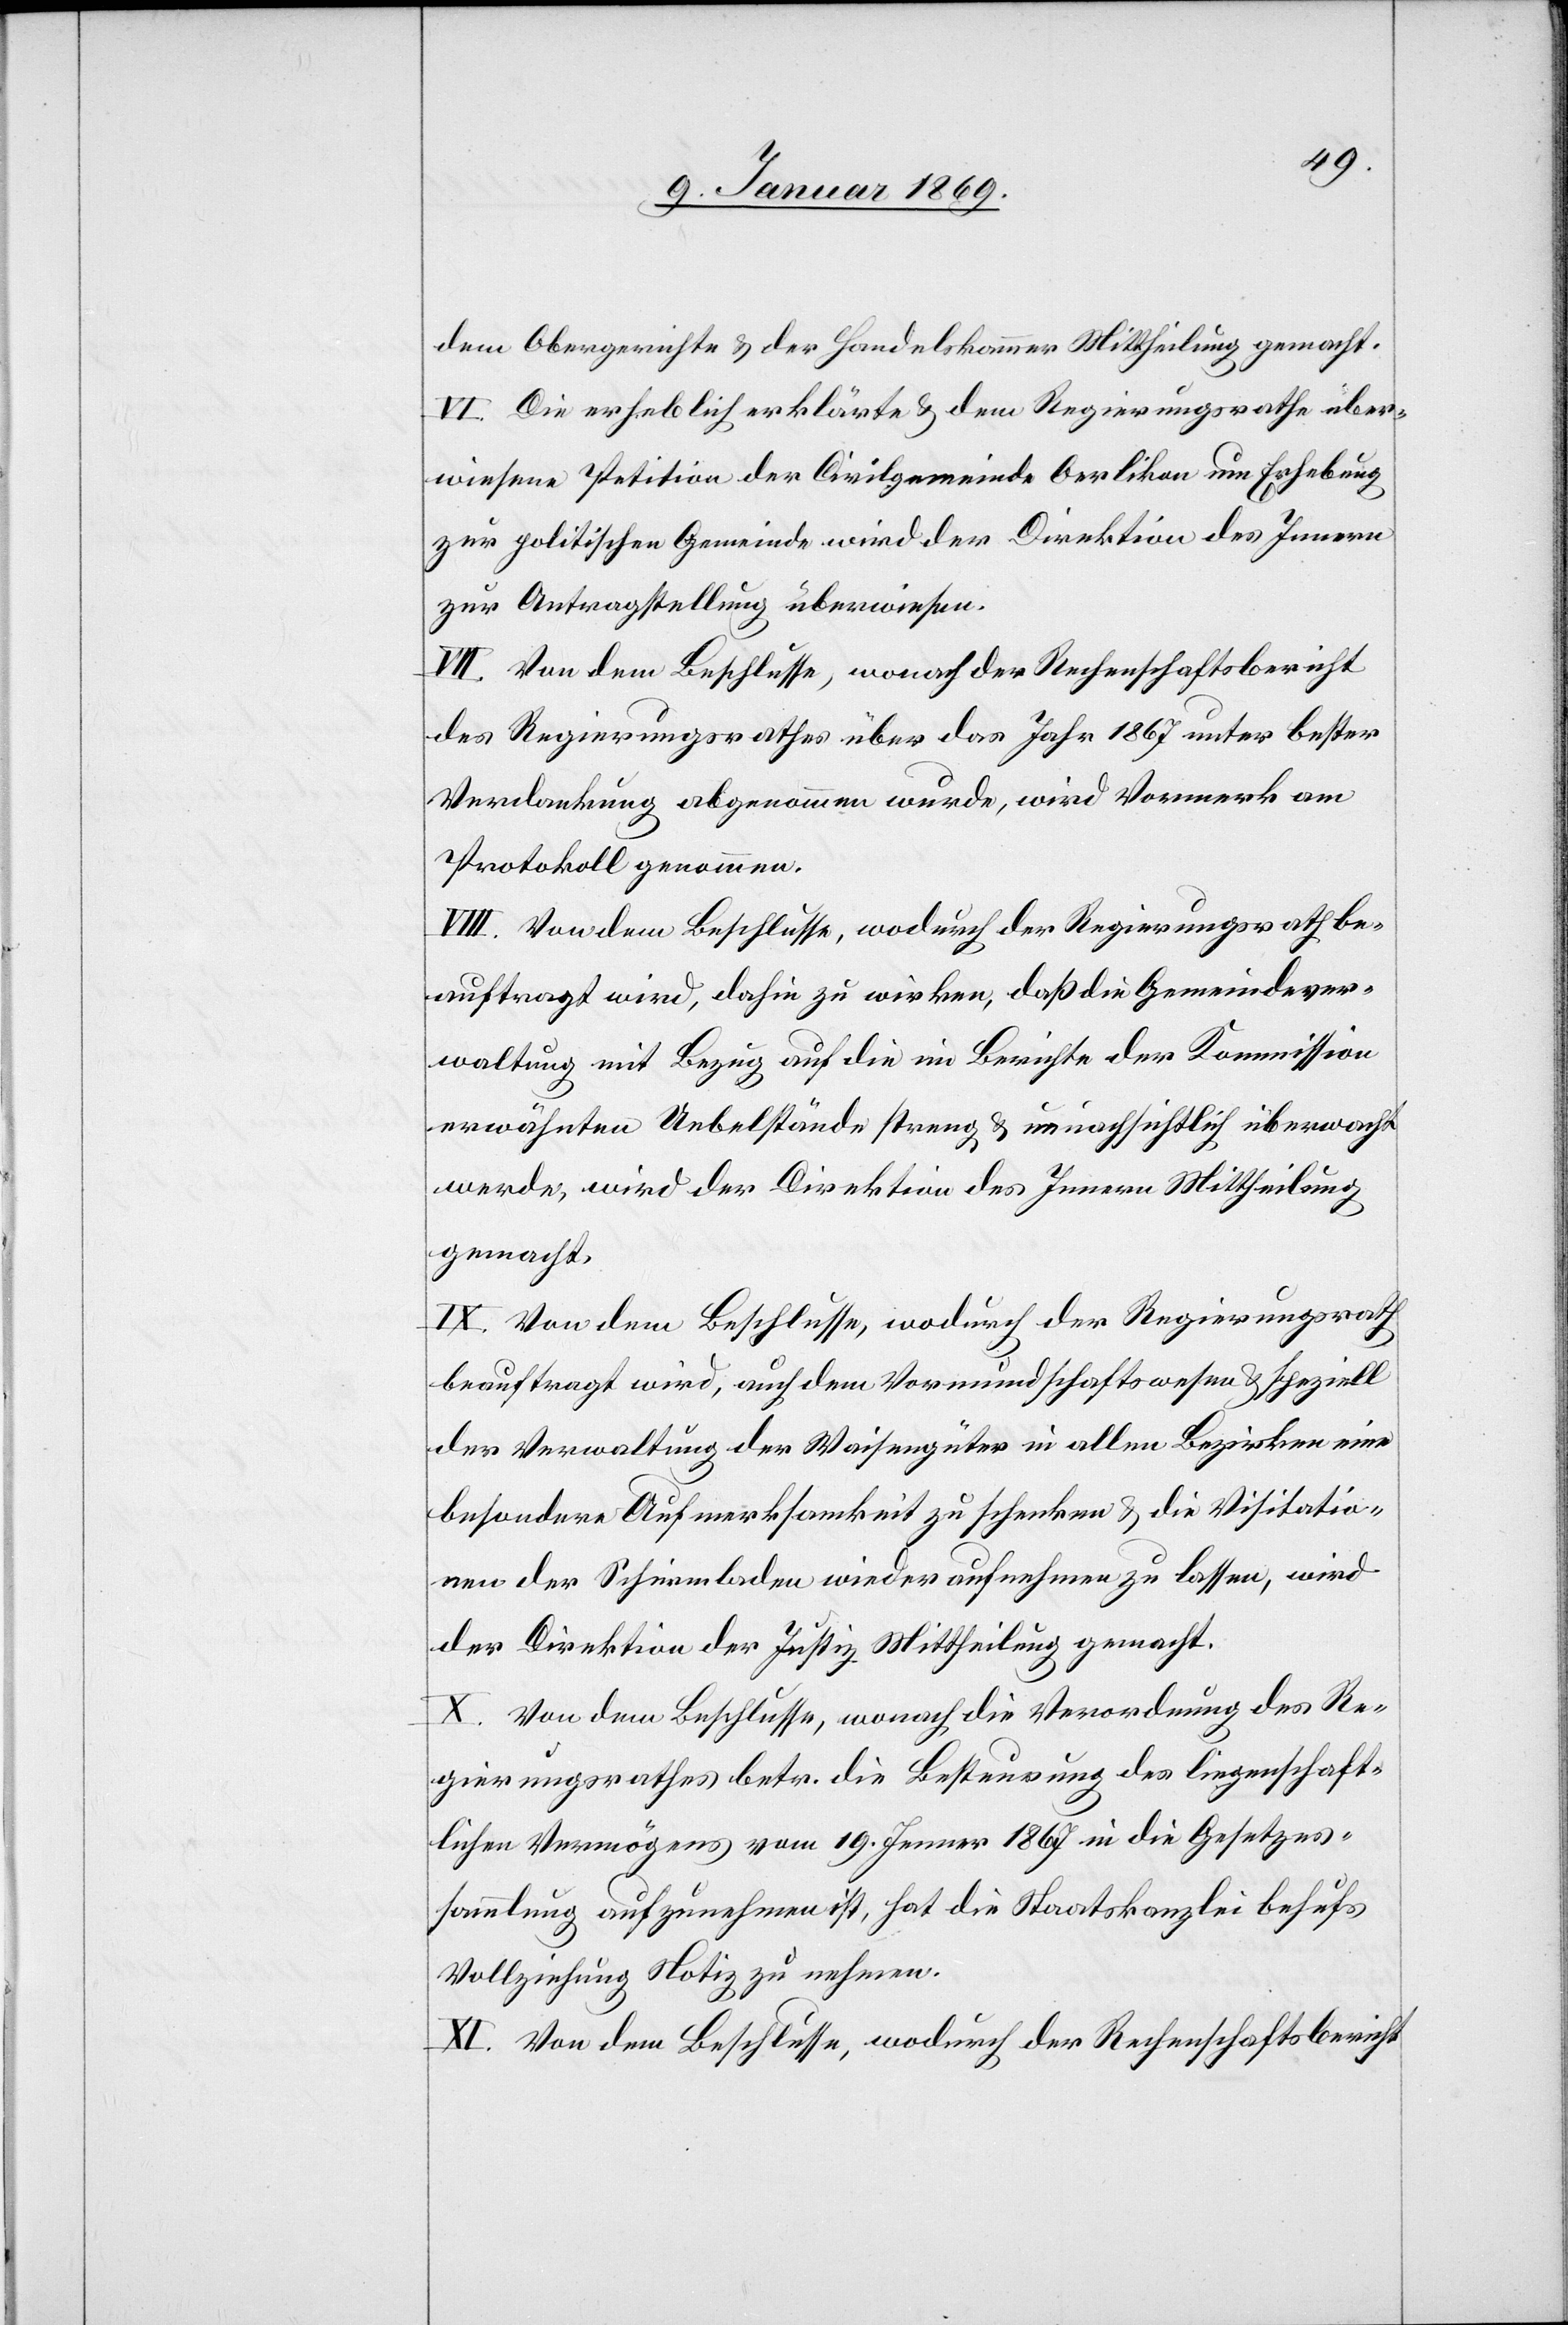
dem Obergerichte & der Handelskammer Mittheilung gemacht.
VI. Die erheblich erklärte & dem Regierungsrathe über¬
wiesene Petition der Civilgemeinde Oerlikon um Erhebung
zur politischen Gemeinde wird der Direktion des Innern
zur Antragstellung überwiesen.
VII. Von dem Beschlusse, wonach der Rechenschaftsbericht
des Regierungsrathes über das Jahr 1867 unter bester
Verdankung abgenommen wurde, wird Vormerk am
Protokoll genommen.
VIII. Von dem Beschlusse, wodurch der Regierungsrath be¬
auftragt wird, dahin zu wirken, daß die Gemeindsver¬
waltung mit Bezug auf die im Berichte der Kommission
erwähnten Uebelstände streng & unnachsichtlich überwacht
werde, wird der Direktion des Innern Mittheilung
gemacht.
IX. Von dem Beschlusse, wodurch der Regierungsrath
beauftragt wird, auf dem Vormundschaftswesen & speziell
der Verwaltung der Waisengüter in allen Bezirken eine
besondere Aufmerksamkeit zu schenken & die Visitatio¬
nen der Schirmladen wieder aufnehmen zu lassen, wird
der Direktion der Justiz Mittheilung gemacht.
X. Von dem Beschlusse, wonach die Verordnung des Re¬
gierungsrathes betr. die Besteurung des liegenschaft¬
lichen Vermögens vom 19. Jenner 1867 in die Gesetzes¬
sammlung aufzunehmen ist, hat die Staatskanzlei behufs
Vollziehung Notiz zu nehmen.
XI. Von dem Beschlusse, wodurch der Rechenschaftsbericht